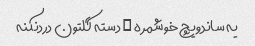
یه ساندویچ خوشمره … دسته گلتون دردنکنه